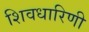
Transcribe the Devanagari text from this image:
शिवधारिणी